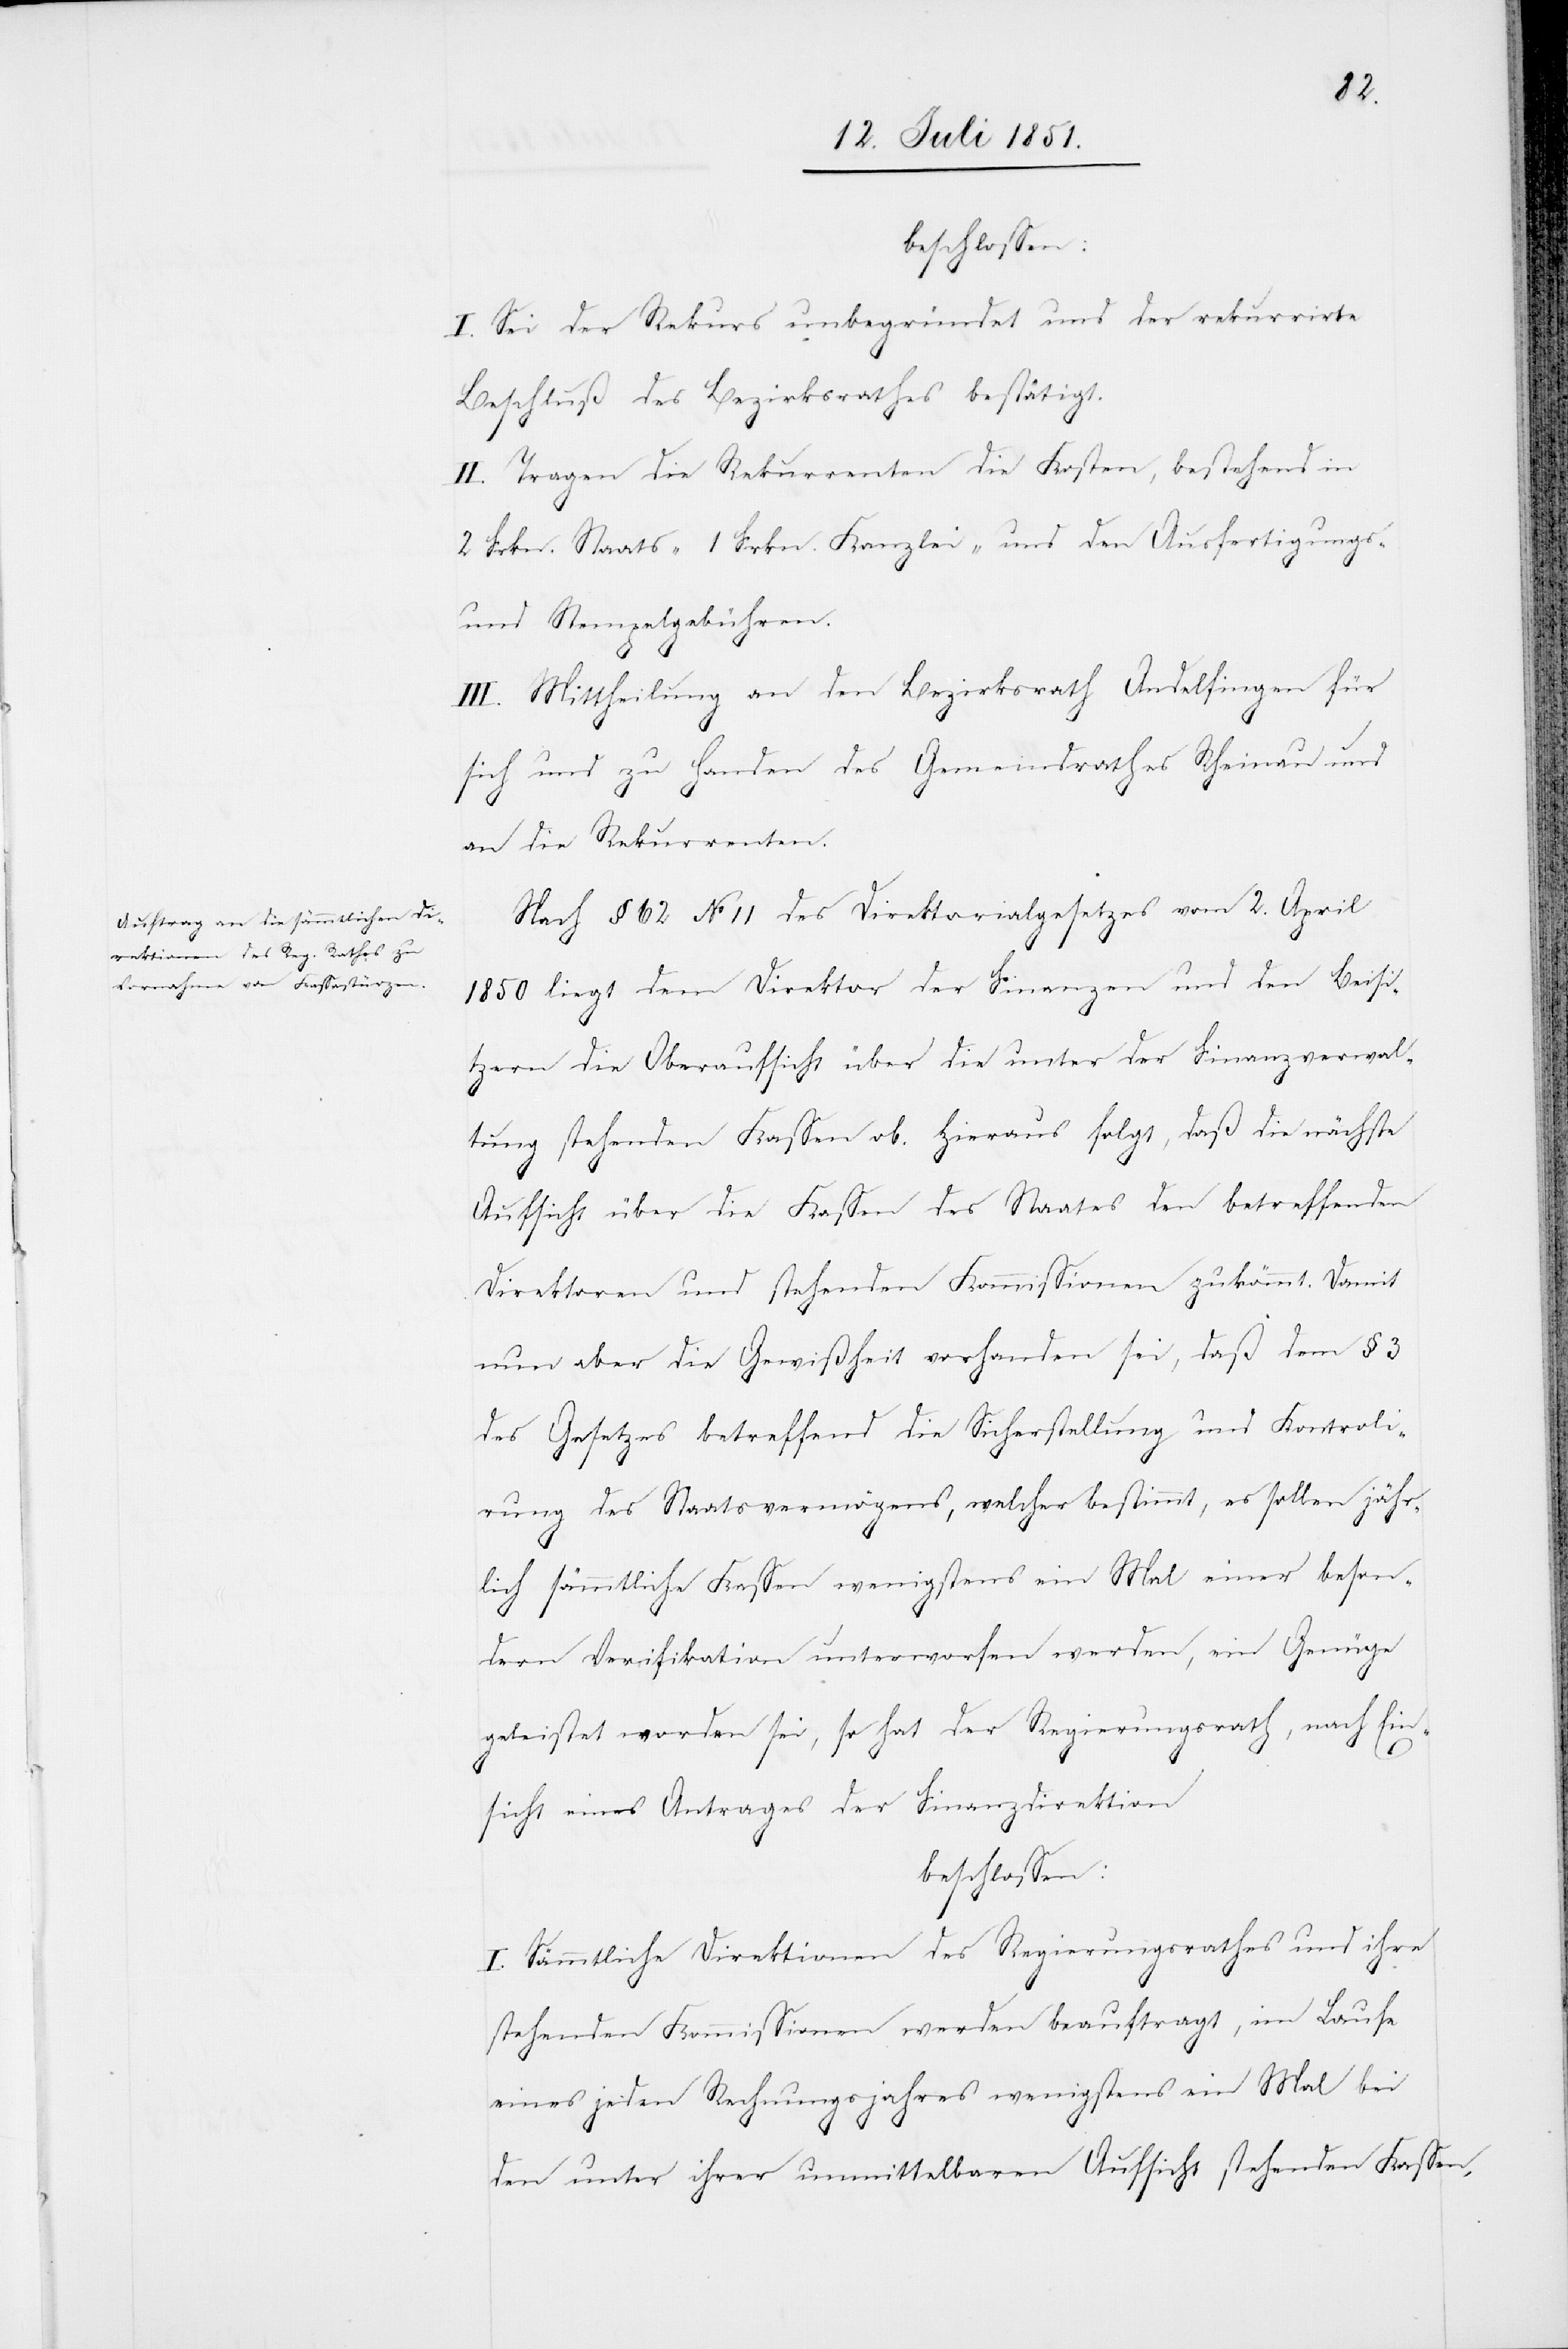
beschlossen:
I. Sei der Rekurs unbegründet und der rekurrirte
Beschluß des Bezirksrathes bestätigt.
II. Tragen die Rekurrenten die Kosten, bestehend in
2 Frkn. Staats-[,] 1 Frkn. Kanzlei- und den Ausfertigungs-
und Stempelgebühren.
III. Mittheilung an den Bezirksrath Andelfingen für
sich und zu Handen des Gemeindrathes Rheinau und
an die Rekurrenten.
Nach § 62 No 11 des Direktorialgesetzes vom 2. April
1850 liegt dem Direktor der Finanzen und den Beisit¬
zern die Oberaufsicht über die unter der Finanzverwal¬
tung stehenden Kassen ob. Hieraus folgt, daß die nächste
Aufsicht über die Kassen des Staates den betreffenden
Direktoren und stehenden Kommissionen zukömmt. Damit
nun aber die Gewißheit vorhanden sei, daß dem § 3
des Gesetzes betreffend die Sicherstellung und Kontroli¬
rung des Staatsvermögens, welcher bestimmt, es sollen jähr¬
lich sämmtliche Kassen wenigstens ein Mal einer beson¬
dern Verifikation unterworfen werden, ein Genüge
geleistet worden sei, so hat der Regierungsrath, nach Ein¬
sicht eines Antrages der Finanzdirektion
beschlossen:
I. Sämmtliche Direktionen des Regierungsrathes und ihre
stehenden Kommissionen werden beauftragt, im Laufe
eines jeden Rechnungsjahres wenigstens ein Mal bei
den unter ihrer unmittelbaren Aufsicht stehenden Kassen,